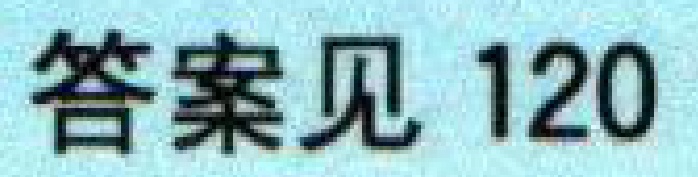
答案见 120